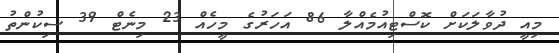
މިއީ ދުވާލަކަށް ކޮސްޓިއުމެއްލާ 86 އަހަރުގެ މީހެއް 23 މިނެޓް 39 ސިކުންތު